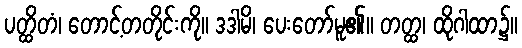
ပတ္ထိတံ၊ တောင့်တတိုင်းကို။ ဒဒါမိ၊ ပေးတော်မူ၏။ တတ္ထ၊ ထိုဂါထာ၌။